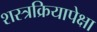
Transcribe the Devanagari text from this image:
शस्त्रक्रियापेक्षा